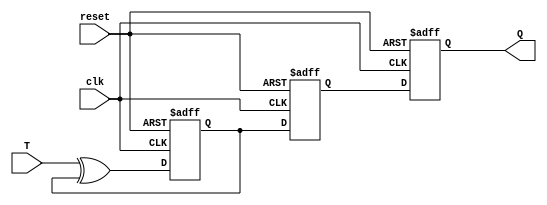
module t_flip_flop(
    input clk,
    input reset,
    input T,
    output reg Q
);

reg master;
reg slave;

always @ (posedge clk or posedge reset)
begin
    if (reset)
    begin
        master <= 1'b0;
        slave <= 1'b0;
        Q <= 1'b0;
    end
    else
    begin
        master <= T ^ master;
        slave <= master;
        Q <= slave;
    end
end

endmodule